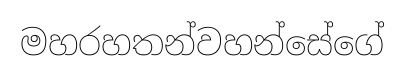
මහරහතන්වහන්සේගේ